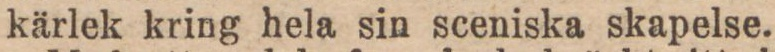
kärlek kring hela sin sceniska skapelse.